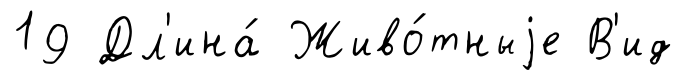
19 Дл'ина́ Живо́тныjе В'ид